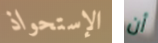
الإستحواذ أن